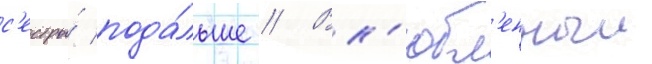
с'естры́ пода́льше // Вл'юбл'енныи